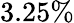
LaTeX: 3.25\%